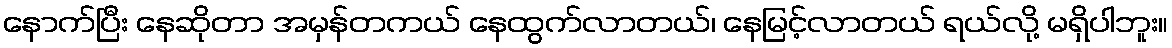
နောက်ပြီး နေဆိုတာ အမှန်တကယ် နေထွက်လာတယ်၊ နေမြင့်လာတယ် ရယ်လို့ မရှိပါဘူး။